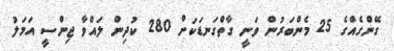
ގޭންގެއްގެ 25 މެންބަރުން ވަނީ ގާތްގަނޑަކަށް 280 ކުދިން ލައްވާ ޖިންސީ އަމަލު